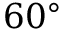
6 0 ^ { \circ }